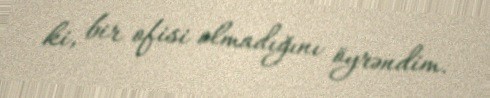
ki, bir ofisi olmadığını öyrəndim.